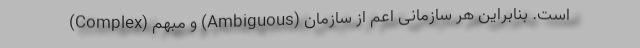
(Complex) و مبهم (Ambiguous) است. بنابراین هر سازمانی اعم از سازمان